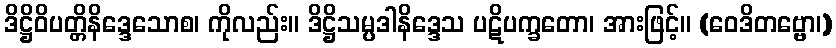
ဒိဋ္ဌိဝိပတ္တိနိဒ္ဒေသောစ၊ ကိုလည်း။ ဒိဋ္ဌိသမ္ပဒါနိဒ္ဒေသ ပဋိပက္ခတော၊ အားဖြင့်။ (ဝေဒိတဗ္ဗော၊)